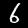
Label: 6